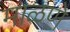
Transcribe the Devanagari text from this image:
माळणे